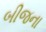
બીજના